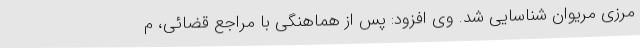
مرزی مریوان شناسایی شد. وی افزود: پس از هماهنگی با مراجع قضائی، م